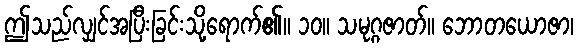
ဤသည်လျှင်အပြီးခြင်းသို့ရောက်၏။ ၁၀။ သမုဂ္ဂဇာတ်။ ဘောတယောဇာ၊